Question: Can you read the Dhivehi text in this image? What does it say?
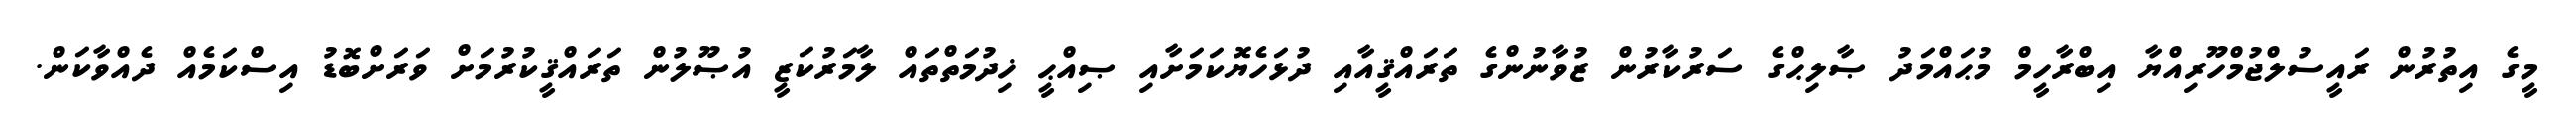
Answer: މީގެ އިތުރުން ރައީސުލްޖުމްހޫރިއްޔާ އިބްރާހީމް މުޙައްމަދު ޞާލިޙްގެ ސަރުކާރުން ޒުވާނުންގެ ތަރައްޤީއާއި ދުޅަހެޔޮކަމަށާއި ޞިއްޙީ ޚިދުމަތްތައް ލާމަރުކަޒީ އުޞޫލުން ތަރައްޤީކުރުމަށް ވަރަށްބޮޑު އިސްކަމެއް ދެއްވާކަން.